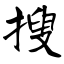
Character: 搜